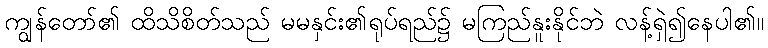
ကျွန်တော်၏ ထိသိစိတ်သည် မမနှင်း၏ရုပ်ရည်၌ မကြည်နူးနိုင်ဘဲ လန့်ရှဲ၍နေပါ၏။